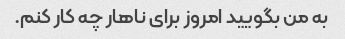
به من بگویید امروز برای ناهار چه کار کنم.